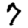
Digit: 7